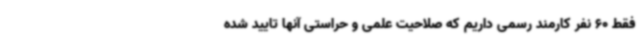
فقط 60 نفر کارمند رسمی داریم که صلاحیت علمی و حراستی آنها تایید شده